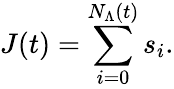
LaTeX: J(t)=\sum_{i=0}^{N_{\Lambda}(t)}s_{i}.